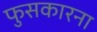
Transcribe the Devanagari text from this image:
फुसकारना